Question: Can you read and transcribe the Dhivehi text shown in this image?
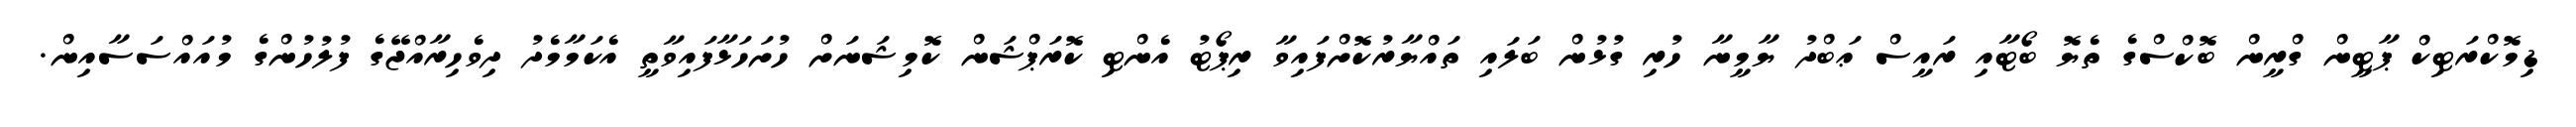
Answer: ޑިމޮކްރަޓިކް ޕާޓީން ގްރީން ބޮކްސްގެ ތެޔޮ ބޯޓާއި ރައީސް ޢަބްދު ޔާމީނާ ހުރި ގުޅުން ބަލައި ތައްޔާރުކޮށްފައިވާ ރިޕޯޓު އެންޓި ކޮރަޕްޝަން ކޮމިޝަނަށް ހުށަހަޅާފައިވާތީ އެކަމާމެދު ދިވެހިރާއްޖޭގެ ފުލުހުންގެ މުއައްސަސާއިން.